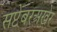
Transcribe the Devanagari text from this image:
सप्टेंबरअखेर